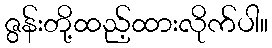
ဇွန်းတို့ထည့်ထားလိုက်ပါ။